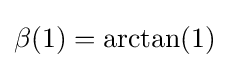
\beta (1)=\arctan(1)